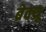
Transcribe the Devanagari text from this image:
ब्रेक्थ्रू